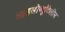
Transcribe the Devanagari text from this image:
आइसोब्यूटिलीन